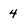
Character: 4